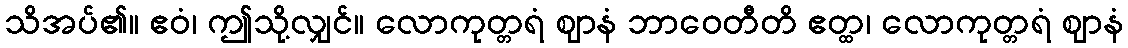
သိအပ်၏။ ဧဝံ၊ ဤသို့လျှင်။ လောကုတ္တရံ ဈာနံ ဘာဝေတီတိ ဧတ္ထ၊ လောကုတ္တရံ ဈာနံ